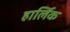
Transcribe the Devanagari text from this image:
हार्लिक